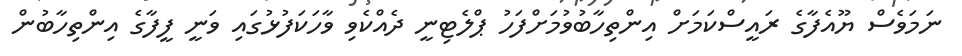
ނަމަވެސް ޔޫއެފާގެ ރައީސްކަމަށް އިންތިހާބުވުމަށްފަހު ޕްލެޓިނީ ދެއްކެވި ވާހަކަފުޅުގައި ވަނީ ފީފާގެ އިންތިހާބުން